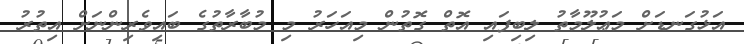
އަޅުގަނޑަށް މަޢުލޫމާތު ލިބިފައި އޮތް ގޮތުން މިއަހަރު މި މުބާރާތުގެ ބައިވެރިންނަށް އިތުރު